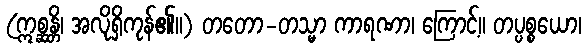
(ဣစ္ဆန္တိ၊ အလိုရှိကုန်၏။) တတော-တသ္မာ ကာရဏာ၊ ကြောင့်။ တပ္ပစ္စယော၊